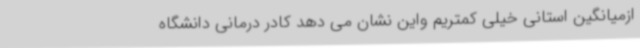
ازمیانگین استانی خیلی کمتریم واین نشان می دهد کادر درمانی دانشگاه